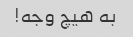
به هیچ وجه!